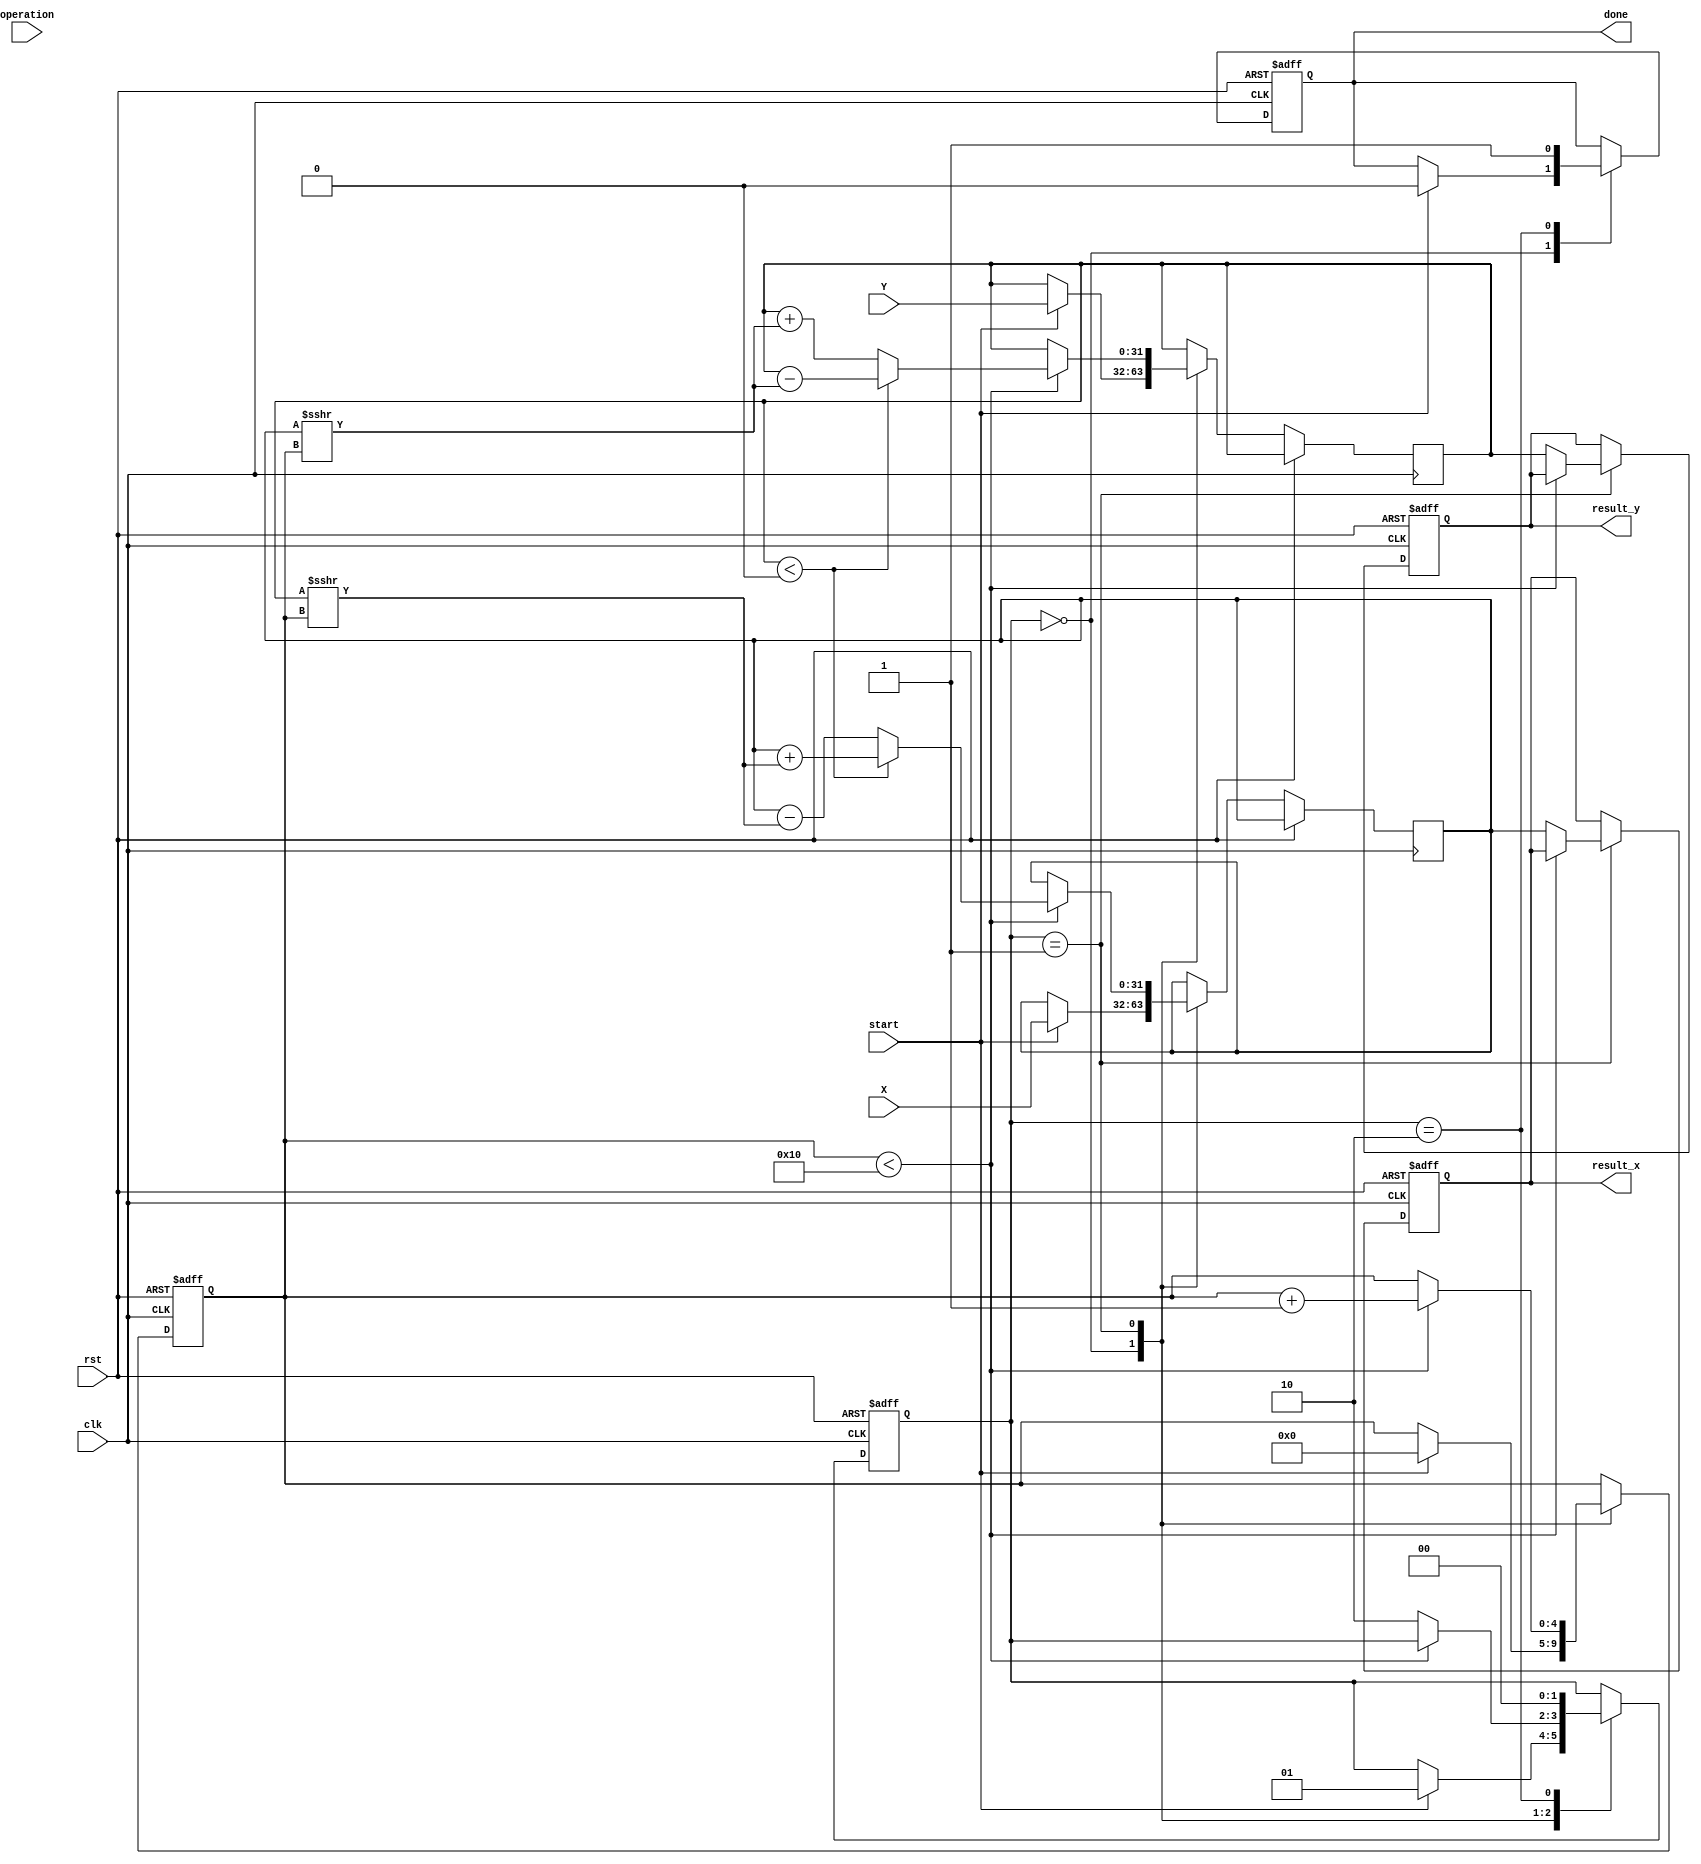
module cordic_fp (
    input wire clk,
    input wire rst,
    input wire [31:0] X, // IEEE 754 floating-point input
    input wire [31:0] Y, // IEEE 754 floating-point input
    input wire [1:0] operation, // 00: sine, 01: cosine, 10: tangent, 11: vectoring
    input wire start,
    output reg [31:0] result_x, // Output for X
    output reg [31:0] result_y, // Output for Y
    output reg done
);

    // Constants
    parameter NUM_ITERATIONS = 16; // Number of CORDIC iterations
    reg [31:0] atan_table [0:NUM_ITERATIONS-1]; // Precomputed arctangent values
    reg [31:0] x_reg, y_reg, z_reg; // Registers for X, Y, and angle
    reg [4:0] iteration; // Iteration counter
    reg [1:0] state; // State machine for control logic

    // State definitions
    localparam IDLE = 2'b00;
    localparam RUN = 2'b01;
    localparam DONE = 2'b10;

    // Initialize arctangent table (in radians)
    initial begin
        atan_table[0] = 32'h00000000; // atan(0)
        atan_table[1] = 32'h3F19999A; // atan(1/2^0)
        atan_table[2] = 32'h3F666666; // atan(1/2^1)
        atan_table[3] = 32'h3F9DB3D7; // atan(1/2^2)
        // ... Fill in the rest of the atan_table
    end

    // Control logic
    always @(posedge clk or posedge rst) begin
        if (rst) begin
            state <= IDLE;
            done <= 0;
            iteration <= 0;
            result_x <= 0;
            result_y <= 0;
        end else begin
            case (state)
                IDLE: begin
                    if (start) begin
                        // Initialize registers
                        x_reg <= X;
                        y_reg <= Y;
                        z_reg <= 0; // Initialize angle
                        iteration <= 0;
                        state <= RUN;
                        done <= 0;
                    end
                end
                RUN: begin
                    if (iteration < NUM_ITERATIONS) begin
                        // CORDIC rotation logic
                        if (y_reg < 0) begin
                            // Rotate clockwise
                            x_reg <= x_reg + (y_reg >>> iteration);
                            y_reg <= y_reg - (x_reg >>> iteration);
                            z_reg <= z_reg - atan_table[iteration];
                        end else begin
                            // Rotate counterclockwise
                            x_reg <= x_reg - (y_reg >>> iteration);
                            y_reg <= y_reg + (x_reg >>> iteration);
                            z_reg <= z_reg + atan_table[iteration];
                        end
                        iteration <= iteration + 1;
                    end else begin
                        // Finished iterations
                        result_x <= x_reg; // Final X result
                        result_y <= y_reg; // Final Y result
                        state <= DONE;
                    end
                end
                DONE: begin
                    done <= 1; // Indicate completion
                    state <= IDLE; // Reset to IDLE state
                end
            endcase
        end
    end

endmodule